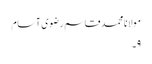
مولانا محمد قاسم رضوی آسام
۹۔